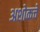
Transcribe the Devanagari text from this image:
अशोकचे